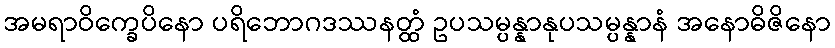
အမရာဝိက္ခေပိနော ပရိဘောဂဒဿနတ္ထံ ဥပသမ္ပန္နာနုပသမ္ပန္နာနံ အနောဓိဇိနော